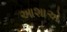
આશાએ